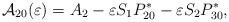
LaTeX: \begin{align*} {\mathcal{A}}_{2 0}(\varepsilon)=A_{2}-\varepsilon S_{1}P^{*}_{2 0}-\varepsilon S_{2}P^{*}_{3 0},\end{align*}